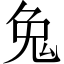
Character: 𪞁